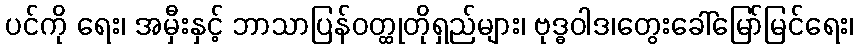
ပင်ကို ရေး၊ အမှီးနှင့် ဘာသာပြန်ဝတ္ထုတိုရှည်များ၊ ဗုဒ္ဓဝါဒ၊တွေးခေါ်မြော်မြင်ရေး၊